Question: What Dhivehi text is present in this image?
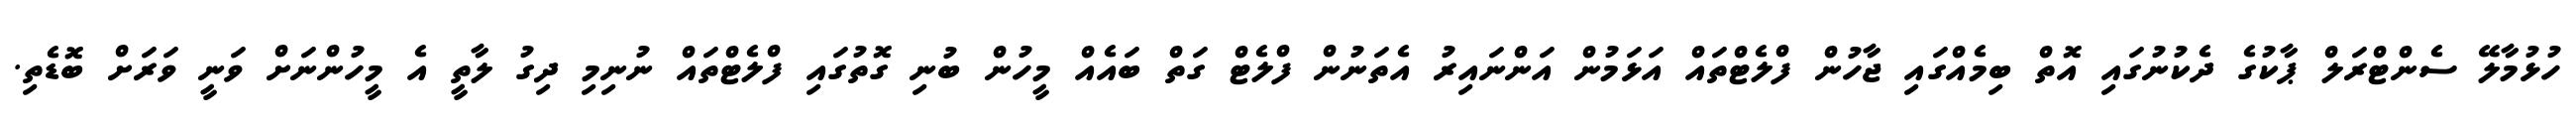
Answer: ހުޅުމާލޭ ސެންޓްރަލް ޕާކުގެ ދެކުނުގައި އޮތް ބިމެއްގައި ޖާހުން ފްލެޓްތައް އަޅަމުން އަންނައިރު އެތަނުން ފްލެޓް ގަތް ބައެއް މީހުން ބުނި ގޮތުގައި ފްލެޓްތައް ނުނިމި ދިގު ލާތީ އެ މީހުންނަށް ވަނީ ވަރަށް ބޮޑެތި.